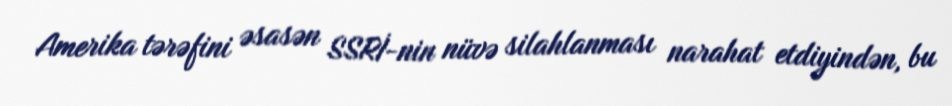
Amerika tərəfini əsasən SSRİ-nin nüvə silahlanması narahat etdiyindən, bu